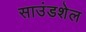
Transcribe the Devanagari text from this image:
साउंडशेल